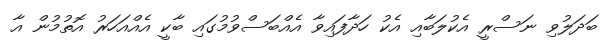
ބަދަލުވި ނަސްރީ އެކުލަބާއި އެކު ހަދާފައިވާ އެއްބަސްވުމުގައި ބާކީ އެއްއަހަރު އޮތުމުން އާ